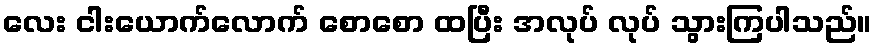
လေး ငါးယောက်လောက် စောစော ထပြီး အလုပ် လုပ် သွားကြပါသည်။